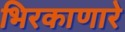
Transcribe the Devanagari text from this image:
भिरकाणारे